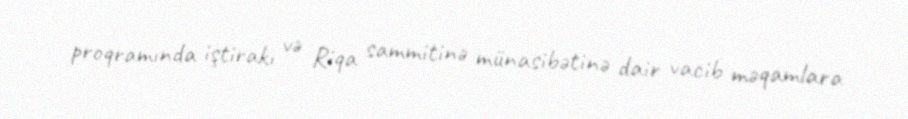
proqramında iştirakı və Riqa sammitinə münasibətinə dair vacib məqamlara